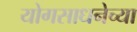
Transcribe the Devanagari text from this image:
योगसाधनेच्या